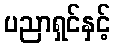
ပညာရှင်နှင့်